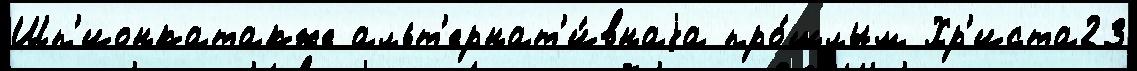
Шп'ионкатакже альт'ернат'и́внаjа про́шлым Хр'иста23